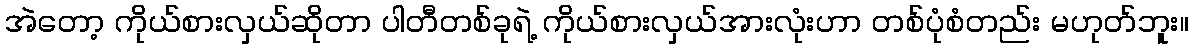
အဲတော့ ကိုယ်စားလှယ်ဆိုတာ ပါတီတစ်ခုရဲ့ ကိုယ်စားလှယ်အားလုံးဟာ တစ်ပုံစံတည်း မဟုတ်ဘူး။